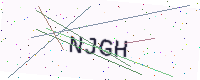
Text: NJGH